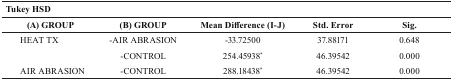
<table><thead><tr><td colspan="5"><b>Tukey HSD</b></td></tr><tr><td><b>(A) GROUP</b></td><td><b>(B) GROUP</b></td><td><b>Mean Difference (I-J)</b></td><td><b>Std. Error</b></td><td><b>Sig.</b></td></tr></thead><tbody><tr><td>HEAT TX</td><td>-AIR ABRASION</td><td>-33.72500</td><td>37.88171</td><td>0.648</td></tr><tr><td></td><td>-CONTROL</td><td>254.45938*</td><td>46.39542</td><td>0.000</td></tr><tr><td>AIR ABRASION</td><td>-CONTROL</td><td>288.18438*</td><td>46.39542</td><td>0.000</td></tr></tbody></table>